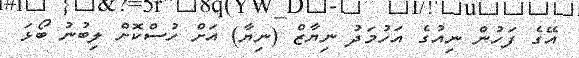
އޭގެ ފަހުން ނިއުގެ އަހުމަދު ނިޔާޒް (ނިޔާ) އަށް ހުސްކޮށް ލިބުނު ބޯޅަ